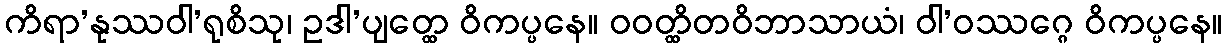
ကိရာ’နုဿဝါ’ရုစိသု၊ ဥဒါ’ပျတ္ထေ ဝိကပ္ပနေ။ ဝဝတ္ထိတဝိဘာသာယံ၊ ဝါ’ဝဿဂ္ဂေ ဝိကပ္ပနေ။